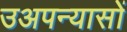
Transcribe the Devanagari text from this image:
उअपन्यासों